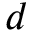
d